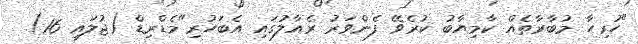
"ހުރިހާ މުބާރާތެއް ކާމިޔާބު ކުރެވޭ ފެންވަރު ރެއާލުގައި އެބަހުރި"މެޑްރިޑް (ޖުލައި 16)